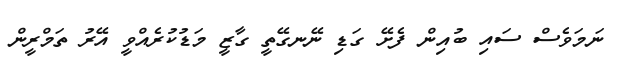
ނަމަވެސް ސައި ބުއިން ފެށޭ ގަޑި ނޭނގޭތީ ގާޒީ މަޑުކުރެއްވީ އޭރު ތަމްރީން